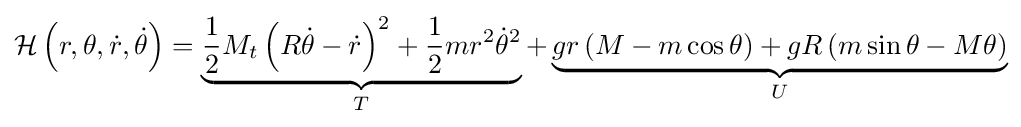
{\mathcal {H}}\left(r,\theta ,{\dot {r}},{\dot {\theta }}\right)=\underbrace {{\frac {1}{2}}M_{t}\left(R{\dot {\theta }}-{\dot {r}}\right)^{2}+{\frac {1}{2}}mr^{2}{\dot {\theta }}^{2}} _{T}+\underbrace {gr\left(M-m\cos {\theta }\right)+gR\left(m\sin {\theta }-M\theta \right)} _{U}